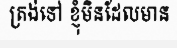
ត្រង់ទៅ ខ្ញុំមិនដែលមាន